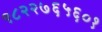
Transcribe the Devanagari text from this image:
९८२२७६५६०१